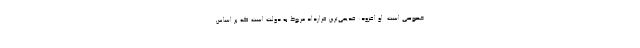
خصوصی است. او افزود: قدیمی‌ترین قرارداد مربوط به دولت است که بر اساس